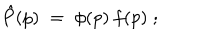
\hat { P } ( p ) \; = \; \phi ( p ) \: f ( p ) \; ;